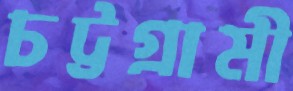
চট্টগ্রামী